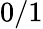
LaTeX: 0/1